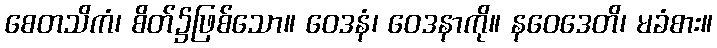
စေတသိကံ၊ စိတ်၌ဖြစ်သော။ ဝေဒနံ၊ ဝေဒနာကို။ နဝေဒေတိ၊ မခံစား။